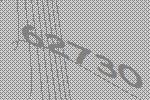
62730